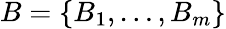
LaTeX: B=\{ B_{1},\dots,B_{m}\}